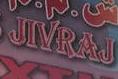
jivraj